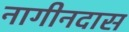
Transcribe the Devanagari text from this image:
नागीनदास